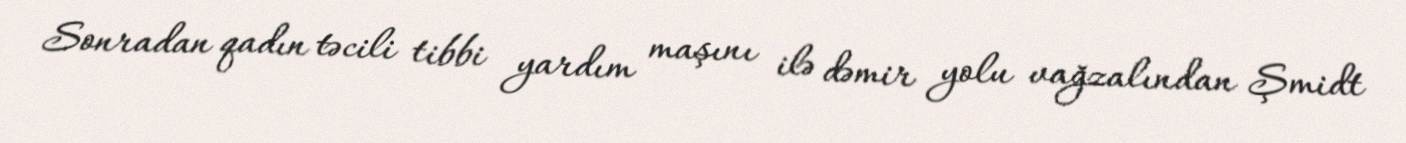
Sonradan qadın təcili tibbi yardım maşını ilə dəmir yolu vağzalından Şmidt